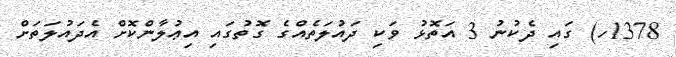
1378ހ) ގައި ދެކުނު 3 އަތޮޅު ވަކި ދައުލަތެއްގެ ގޮތުގައި އިޢުލާންކޮށް އެދައުލަތަށް